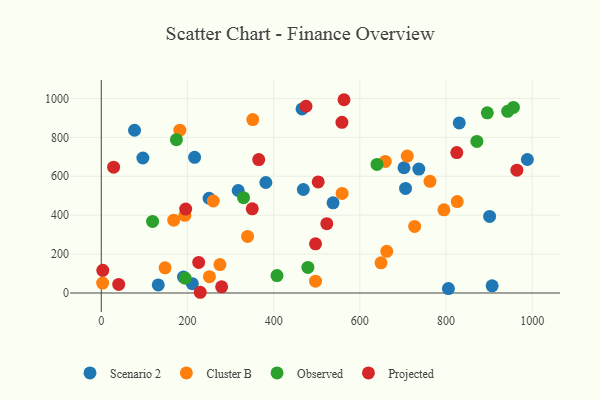
{"axis": {"x": "Investment", "y": "Exam Score"}, "legend": ["Cluster B", "Observed", "Projected", "Scenario 2"], "data": [{"x": "907.0", "y": 36.8, "type": "Scenario 2"}, {"x": "317.8", "y": 526.7, "type": "Scenario 2"}, {"x": "77.2", "y": 836.4, "type": "Scenario 2"}, {"x": "216.6", "y": 697.3, "type": "Scenario 2"}, {"x": "702.5", "y": 643.8, "type": "Scenario 2"}, {"x": "537.9", "y": 463.2, "type": "Scenario 2"}, {"x": "706.1", "y": 537.3, "type": "Scenario 2"}, {"x": "805.6", "y": 22.7, "type": "Scenario 2"}, {"x": "736.9", "y": 636.9, "type": "Scenario 2"}, {"x": "988.8", "y": 686.2, "type": "Scenario 2"}, {"x": "190.8", "y": 82.3, "type": "Scenario 2"}, {"x": "468.9", "y": 531.9, "type": "Scenario 2"}, {"x": "250.2", "y": 486.9, "type": "Scenario 2"}, {"x": "901.2", "y": 393.4, "type": "Scenario 2"}, {"x": "211.3", "y": 48.0, "type": "Scenario 2"}, {"x": "381.9", "y": 568.0, "type": "Scenario 2"}, {"x": "830.8", "y": 874.3, "type": "Scenario 2"}, {"x": "465.9", "y": 946.2, "type": "Scenario 2"}, {"x": "96.6", "y": 693.7, "type": "Scenario 2"}, {"x": "132.3", "y": 41.4, "type": "Scenario 2"}, {"x": "710.1", "y": 703.9, "type": "Cluster B"}, {"x": "649.2", "y": 155.3, "type": "Cluster B"}, {"x": "826.0", "y": 469.6, "type": "Cluster B"}, {"x": "3.2", "y": 51.1, "type": "Cluster B"}, {"x": "662.5", "y": 214.3, "type": "Cluster B"}, {"x": "168.2", "y": 374.1, "type": "Cluster B"}, {"x": "351.6", "y": 891.4, "type": "Cluster B"}, {"x": "727.2", "y": 342.2, "type": "Cluster B"}, {"x": "762.8", "y": 574.1, "type": "Cluster B"}, {"x": "558.9", "y": 511.6, "type": "Cluster B"}, {"x": "339.5", "y": 290.7, "type": "Cluster B"}, {"x": "659.1", "y": 676.3, "type": "Cluster B"}, {"x": "251.0", "y": 83.9, "type": "Cluster B"}, {"x": "275.4", "y": 145.9, "type": "Cluster B"}, {"x": "148.1", "y": 129.4, "type": "Cluster B"}, {"x": "182.4", "y": 836.7, "type": "Cluster B"}, {"x": "497.2", "y": 60.8, "type": "Cluster B"}, {"x": "795.1", "y": 427.3, "type": "Cluster B"}, {"x": "194.1", "y": 399.2, "type": "Cluster B"}, {"x": "260.0", "y": 472.9, "type": "Cluster B"}, {"x": "119.1", "y": 367.7, "type": "Observed"}, {"x": "330.2", "y": 489.9, "type": "Observed"}, {"x": "871.6", "y": 778.8, "type": "Observed"}, {"x": "639.8", "y": 660.6, "type": "Observed"}, {"x": "407.8", "y": 89.7, "type": "Observed"}, {"x": "174.4", "y": 788.0, "type": "Observed"}, {"x": "956.4", "y": 953.9, "type": "Observed"}, {"x": "194.6", "y": 76.1, "type": "Observed"}, {"x": "943.0", "y": 933.6, "type": "Observed"}, {"x": "895.8", "y": 925.8, "type": "Observed"}, {"x": "479.5", "y": 131.6, "type": "Observed"}, {"x": "523.4", "y": 356.4, "type": "Projected"}, {"x": "563.3", "y": 993.3, "type": "Projected"}, {"x": "40.5", "y": 43.9, "type": "Projected"}, {"x": "558.5", "y": 877.1, "type": "Projected"}, {"x": "365.4", "y": 685.7, "type": "Projected"}, {"x": "3.6", "y": 116.4, "type": "Projected"}, {"x": "825.0", "y": 721.8, "type": "Projected"}, {"x": "503.4", "y": 570.8, "type": "Projected"}, {"x": "226.1", "y": 157.2, "type": "Projected"}, {"x": "195.9", "y": 431.4, "type": "Projected"}, {"x": "350.4", "y": 432.5, "type": "Projected"}, {"x": "475.1", "y": 959.8, "type": "Projected"}, {"x": "279.4", "y": 31.7, "type": "Projected"}, {"x": "28.7", "y": 646.9, "type": "Projected"}, {"x": "497.2", "y": 252.8, "type": "Projected"}, {"x": "229.7", "y": 3.7, "type": "Projected"}, {"x": "964.4", "y": 631.2, "type": "Projected"}]}